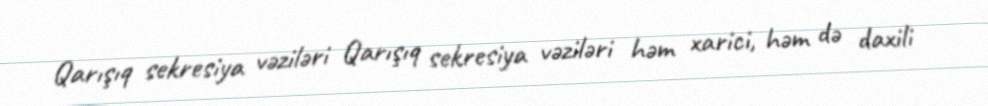
Qarışıq sekresiya vəziləri Qarışıq sekresiya vəziləri həm xarici, həm də daxili